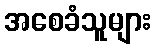
အစေခံသူများ